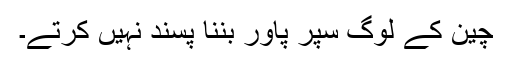
چین کے لوگ سپر پاور بننا پسند نہیں کرتے۔